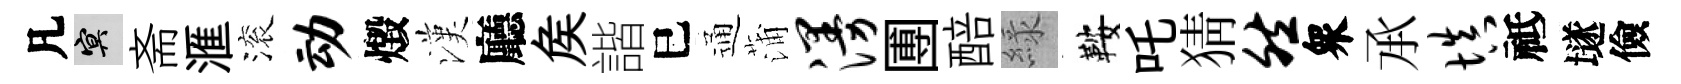
凡冥斋滙滚动燬漢廳矦諧巳通蒲漫圑醅緑鞍吒猜然衆𠄘填祗𡑞儉